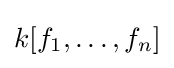
k[f_{1},\ldots ,f_{n}]